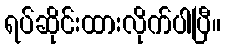
ရပ်ဆိုင်းထားလိုက်ပါပြီ။